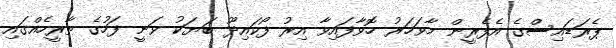
ޕެރަޑައިސްގެ އެފެރީން މާވަހަރު ހޮވާފައިވާ އިރު ފޯކައިދޫ ބަޔަކު ވަނީ ފަހުގެ ތާރީހެއްގައި